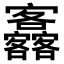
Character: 𡬚